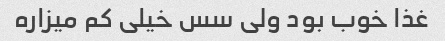
غذا خوب بود ولی سس خیلی کم میزاره